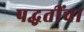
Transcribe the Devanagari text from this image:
पद्घतींचा